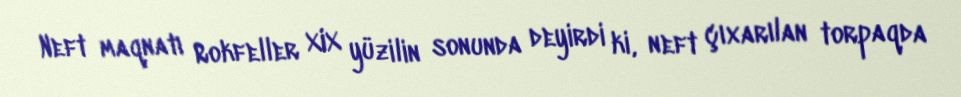
Neft maqnatı Rokfeller XIX yüzilin sonunda deyirdi ki, neft çıxarılan torpaqda